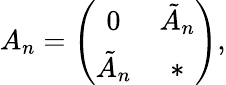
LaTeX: A_{n}=\left(\begin{array}{cc}{{0}}&{{\tilde{A}_{n}}}\\ {{\tilde{A}_{n}}}&{{*}}\end{array}\right),